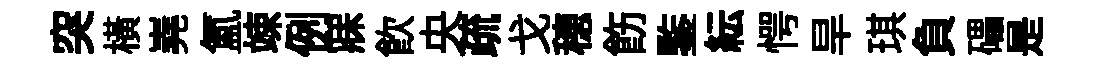
突横嶤氲竦例寐飮央疏戈穂飭鍳紜愕旱琪負礧是